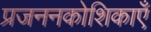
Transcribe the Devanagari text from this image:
प्रजननकोशिकाएँ